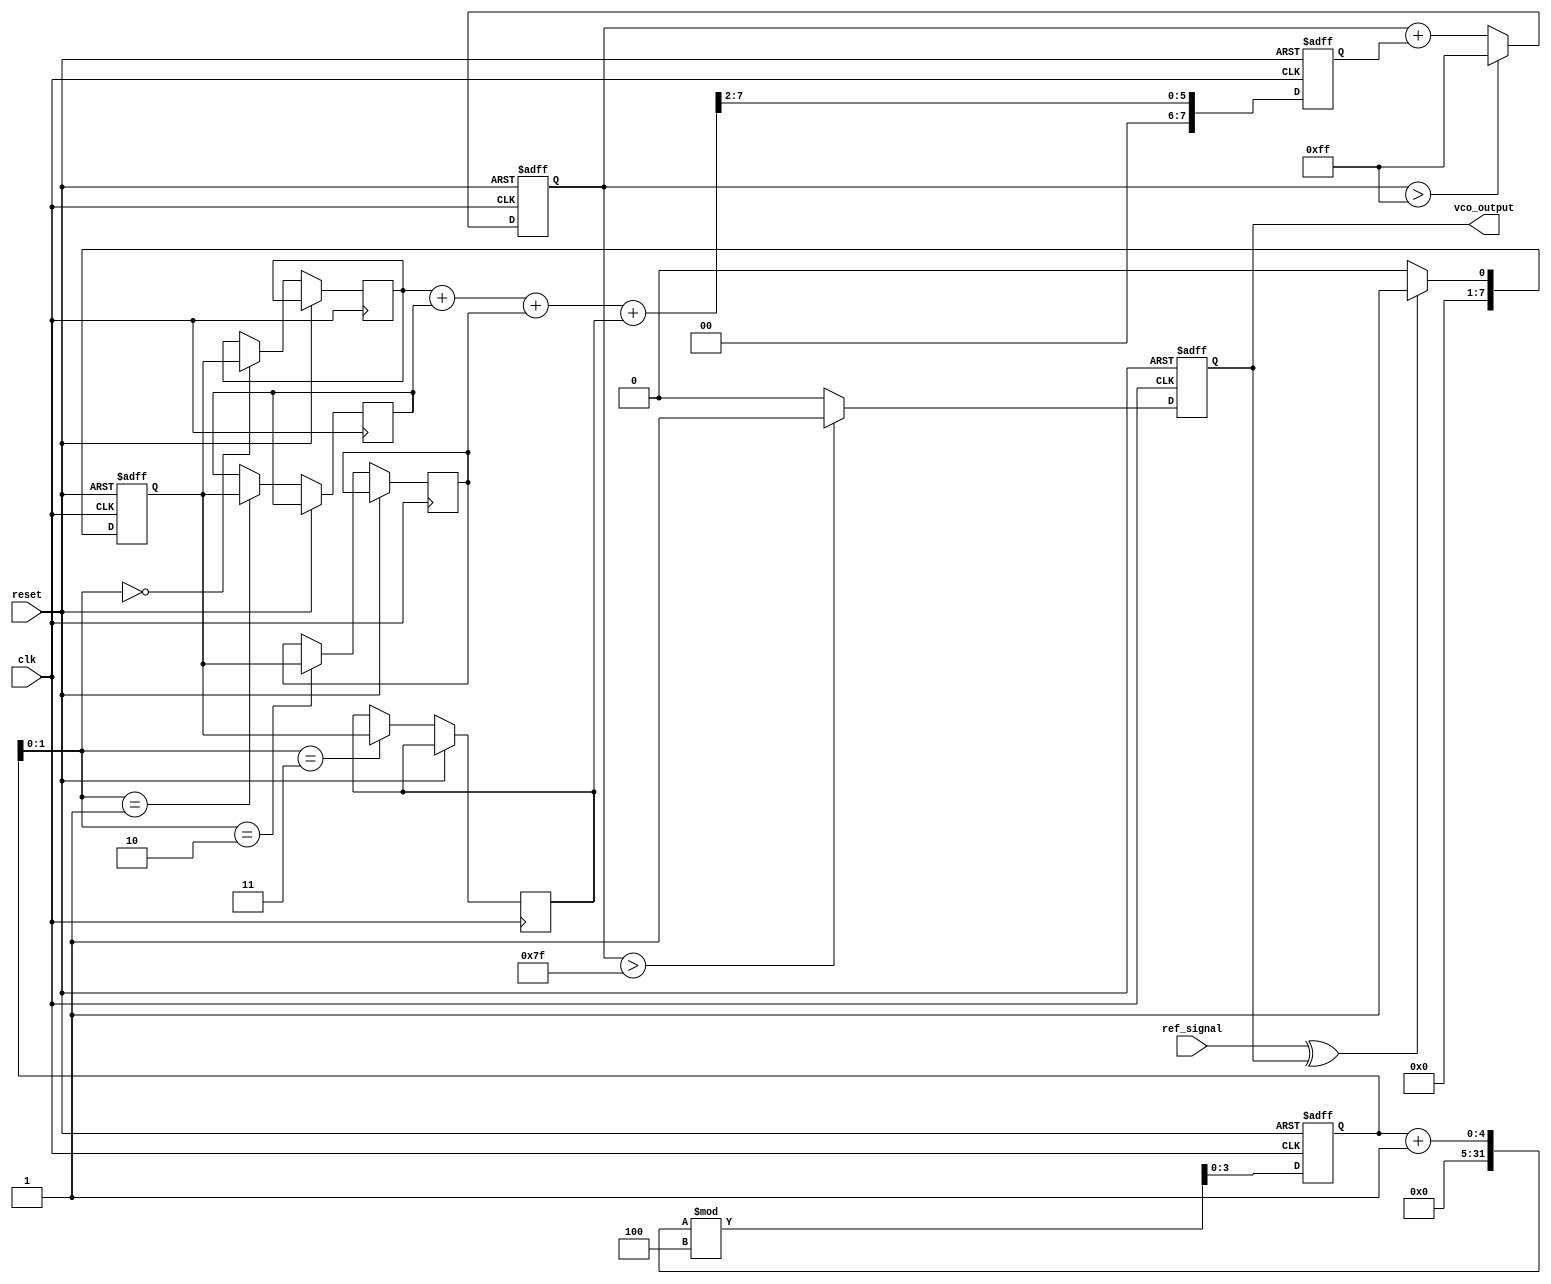
module MemoryBlocksPLL (
    input wire clk,                // System clock
    input wire reset,              // Reset signal
    input wire ref_signal,         // Reference input signal
    output reg vco_output          // Output of the VCO
);

// Parameters
parameter PHASE_ERROR_WIDTH = 8; // Width of phase error signal
parameter FILTER_MEMORY_SIZE = 4; // Size of the filter memory
parameter VCO_MAX_FREQ = 255;     // Maximum frequency for VCO

// Internal signals
reg [PHASE_ERROR_WIDTH-1:0] phase_error; // Phase error signal
reg [PHASE_ERROR_WIDTH-1:0] filter_output; // Output of the loop filter
reg [PHASE_ERROR_WIDTH-1:0] filter_memory [0:FILTER_MEMORY_SIZE-1]; // Filter memory
reg [3:0] filter_index; // Index for filter memory
reg [7:0] vco_freq; // Frequency control for VCO

// Phase Detector
always @(posedge clk or posedge reset) begin
    if (reset) begin
        phase_error <= 0;
    end else begin
        // Simple phase detector logic (XOR for demonstration)
        phase_error <= (ref_signal ^ vco_output) ? 1 : 0;
    end
end

// Loop Filter
always @(posedge clk or posedge reset) begin
    if (reset) begin
        filter_output <= 0;
        filter_index <= 0;
    end else begin
        // Store phase error in memory
        filter_memory[filter_index] <= phase_error;
        filter_index <= (filter_index + 1) % FILTER_MEMORY_SIZE;

        // Simple averaging filter
        filter_output <= (filter_memory[0] + filter_memory[1] + filter_memory[2] + filter_memory[3]) >> 2;
    end
end

// Voltage-Controlled Oscillator (VCO)
always @(posedge clk or posedge reset) begin
    if (reset) begin
        vco_freq <= 0;
        vco_output <= 0;
    end else begin
        // Adjust VCO frequency based on filtered output
        vco_freq <= vco_freq + filter_output;
        if (vco_freq > VCO_MAX_FREQ) begin
            vco_freq <= VCO_MAX_FREQ;
        end
        // Generate VCO output (simple toggle for demonstration)
        vco_output <= (vco_freq > (VCO_MAX_FREQ / 2)) ? 1 : 0;
    end
end

endmodule